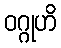
ဝဂ္ဂုဟိ